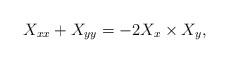
LaTeX: \begin{align*} X_{xx}+X_{yy}=-2 X_x \times X_y ,\end{align*}